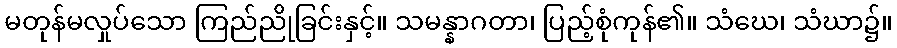
မတုန်မလှုပ်သော ကြည်ညိုခြင်းနှင့်။ သမန္နာဂတာ၊ ပြည့်စုံကုန်၏။ သံဃေ၊ သံဃာ၌။